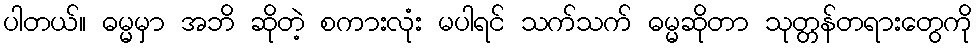
ပါတယ်။ ဓမ္မမှာ အဘိ ဆိုတဲ့ စကားလုံး မပါရင် သက်သက် ဓမ္မဆိုတာ သုတ္တန်တရားတွေကို